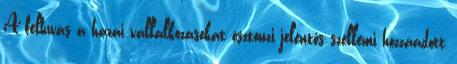
A felhívás a hazai vállalkozásokat ösztönzi jelentős szellemi hozzáadott